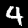
Label: 4